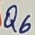
Text: Q6